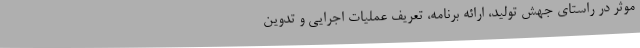
موثر در راستای جهش تولید، ارائه برنامه، تعریف عملیات اجرایی و تدوین